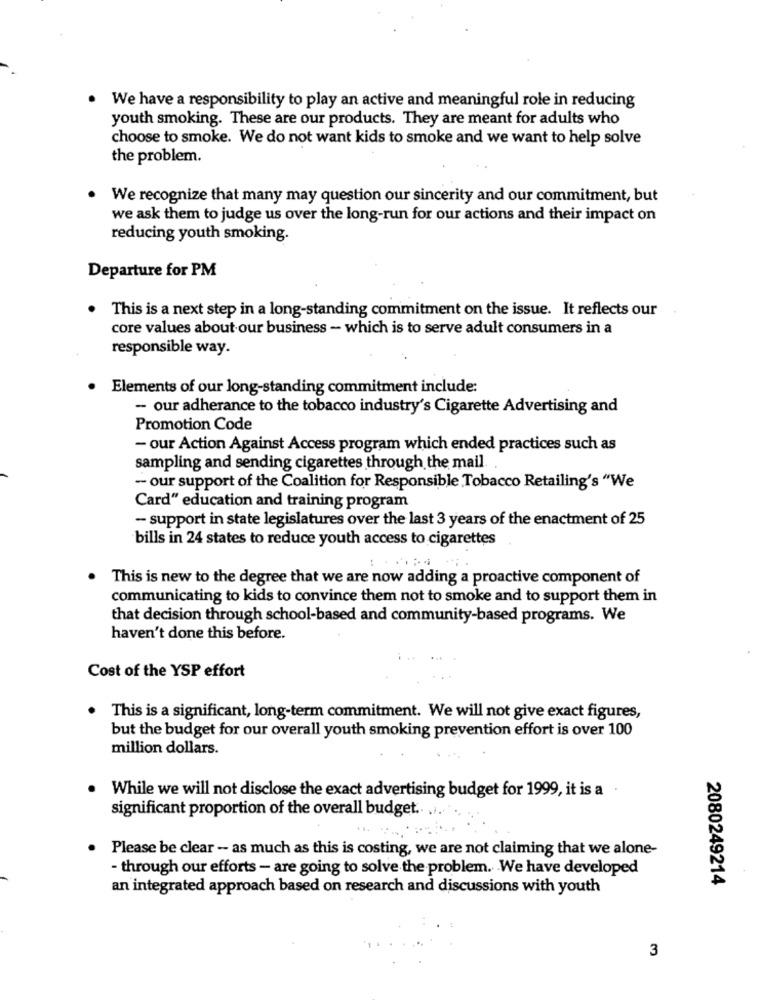
We have a responsibility to play an active and meaningful role in reducing
youth smoking. These are our products. They are meant for adults who
choose to smoke. We do not want kids to smoke and we want to help solve
the problem.
We recognize that many may question our sincerity and our commitment, but
we ask them to judge us over the long-run for our actions and their impact on
reducing youth smoking.
Departure for PM
This is a next step in a long-standing commitment on the issue. It reflects our
core values about our business - which is to serve adult consumers in a
responsible way.
Elements of our long-standing commitment include:
- our adherance to the tobacco industry's Cigarette Advertising and
Promotion Code
- our Action Against Access program which ended practices such as
sampling and sending cigarettes through the mail
- our support of the Coalition for Responsible Tobacco Retailing's "We
Card" education and training program
- support in state legislatures over the last 3 years of the enactment of 25
bills in 24 states to reduce youth access to cigarettes
This is new to the degree that we are now adding a proactive component of
communicating to kids to convince them not to smoke and to support them in
that decision through school-based and community-based programs. We
haven't done this before.
Cost of the YSP effort
This is a significant, long-term commitment. We will not give exact figures,
but the budget for our overall youth smoking prevention effort is over 100
million dollars.
While we will not disclose the exact advertising budget for 1999, it is a
significant proportion of the overall budget .. ....
Please be clear - as much as this is costing, we are not claiming that we alone-
- through our efforts - are going to solve the problem. We have developed
2080249214
an integrated approach based on research and discussions with youth
3